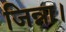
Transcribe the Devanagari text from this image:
जिन्ना।